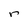
Character: r